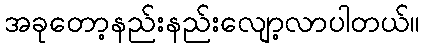
အခုတော့နည်းနည်းလျော့လာပါတယ်။